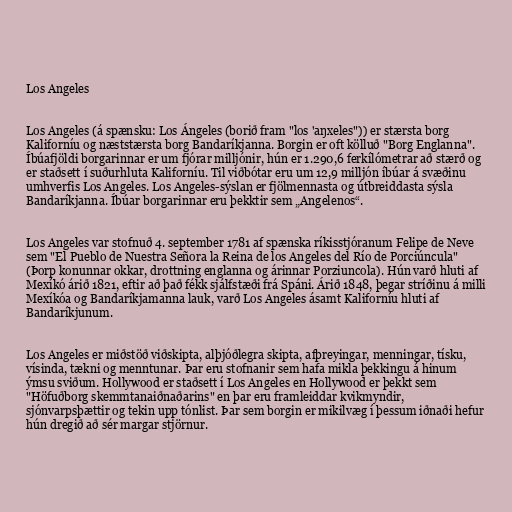
Los Angeles

Los Angeles (á spænsku: Los Ángeles (borið fram "los 'aŋxeles")) er stærsta borg
Kaliforníu og næststærsta borg Bandaríkjanna. Borgin er oft kölluð "Borg Englanna".
Íbúafjöldi borgarinnar er um fjórar milljónir, hún er 1.290,6 ferkílómetrar að stærð og
er staðsett í suðurhluta Kaliforníu. Til viðbótar eru um 12,9 milljón íbúar á svæðinu
umhverfis Los Angeles. Los Angeles-sýslan er fjölmennasta og útbreiddasta sýsla
Bandaríkjanna. Íbúar borgarinnar eru þekktir sem „Angelenos“.

Los Angeles var stofnuð 4. september 1781 af spænska ríkisstjóranum Felipe de Neve
sem "El Pueblo de Nuestra Señora la Reina de los Angeles del Río de Porciúncula"
(Þorp konunnar okkar, drottning englanna og árinnar Porziuncola). Hún varð hluti af
Mexíkó árið 1821, eftir að það fékk sjálfstæði frá Spáni. Árið 1848, þegar stríðinu á milli
Mexíkóa og Bandaríkjamanna lauk, varð Los Angeles ásamt Kaliforníu hluti af
Bandaríkjunum.

Los Angeles er miðstöð viðskipta, alþjóðlegra skipta, afþreyingar, menningar, tísku,
vísinda, tækni og menntunar. Þar eru stofnanir sem hafa mikla þekkingu á hinum
ýmsu sviðum. Hollywood er staðsett í Los Angeles en Hollywood er þekkt sem
"Höfuðborg skemmtanaiðnaðarins" en þar eru framleiddar kvikmyndir,
sjónvarpsþættir og tekin upp tónlist. Þar sem borgin er mikilvæg í þessum iðnaði hefur
hún dregið að sér margar stjörnur.